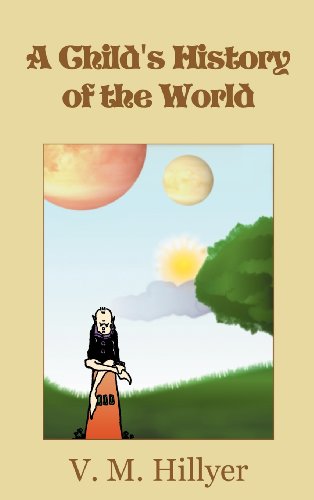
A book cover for A Child's History of the World; V. M. Hillyer; Politics & Social Sciences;